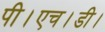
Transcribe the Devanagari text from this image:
पी।एच।डी।